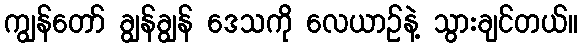
ကျွန်တော် ချွန်ချွန် ဒေသကို လေယာဉ်နဲ့ သွားချင်တယ်။